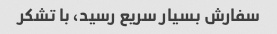
سفارش بسیار سریع رسید، با تشکر